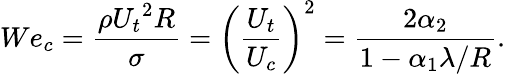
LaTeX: We_{c}=\frac{\rho{U_{t}}^{2}R}{\sigma}=\left(\frac{U_{t}}{U_{c}}\right)^{2}=\frac{2\alpha_{2}}{1-\alpha_{1}{\lambda}/{R}}.